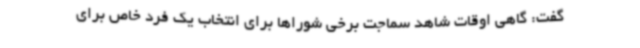
گفت: گاهی اوقات شاهد سماجت برخی شوراها برای انتخاب یک فرد خاص برای